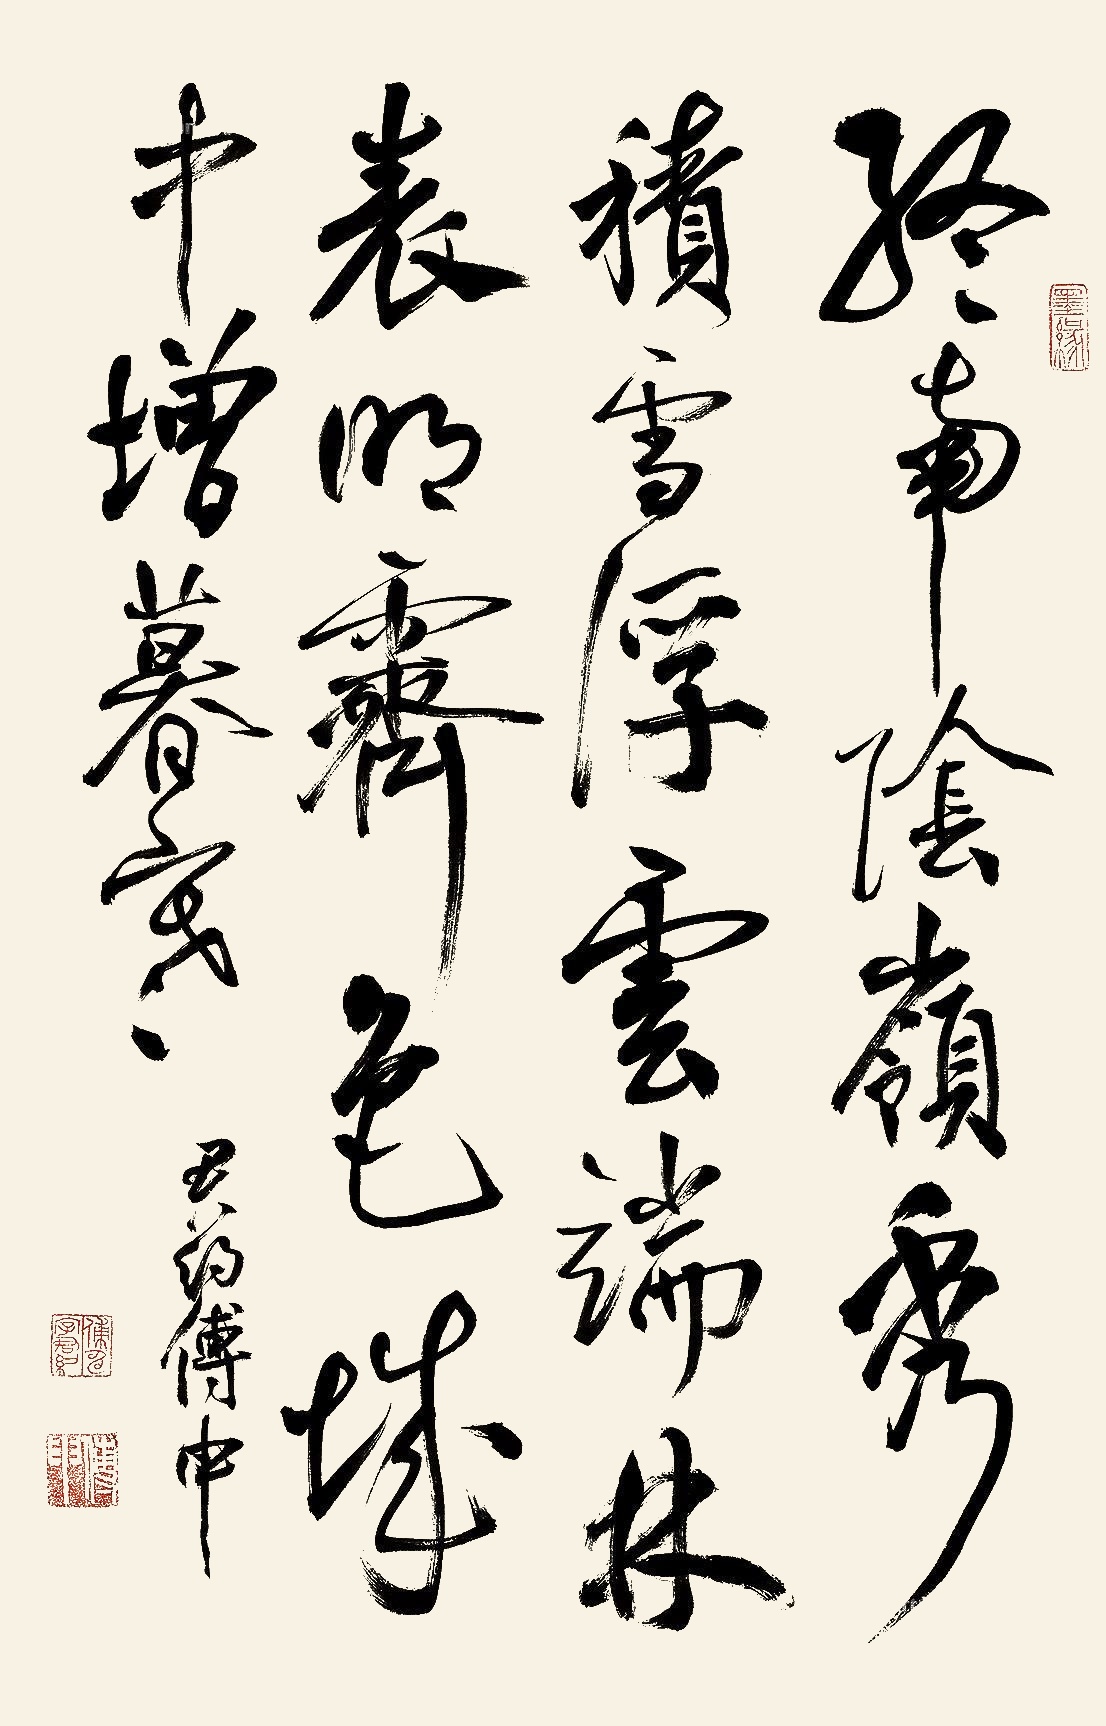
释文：终南阴岭秀，积雪浮云端。林表明霁色，城中增暮寒。君约傅申。